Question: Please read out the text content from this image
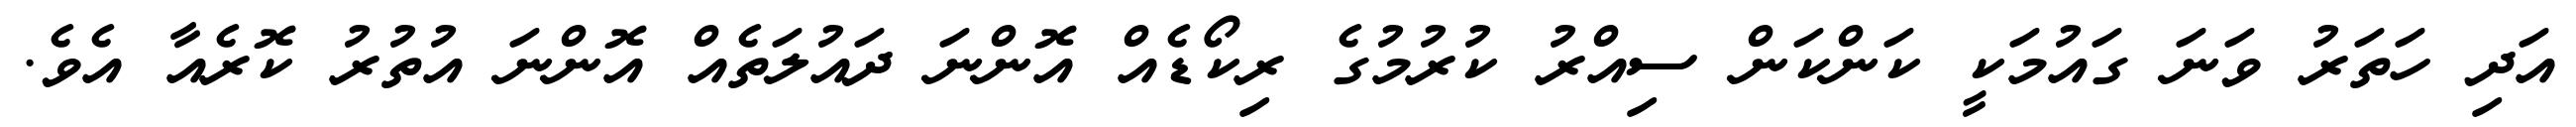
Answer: އަދި ހަތަރު ވަނަ ގައުމަކީ ކަންކަން ސިއްރު ކުރުމުގެ ރިކޯޑެއް އޮންނަ ދައުލަތެއް އޮންނަ އުތުރު ކޮރެއާ އެވެ.